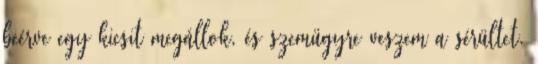
beérve egy kicsit megállok, és szemügyre veszem a sérültet.